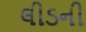
લીડની